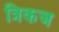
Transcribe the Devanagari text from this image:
त्रिकज